Leaving Certificate Examination, 1907
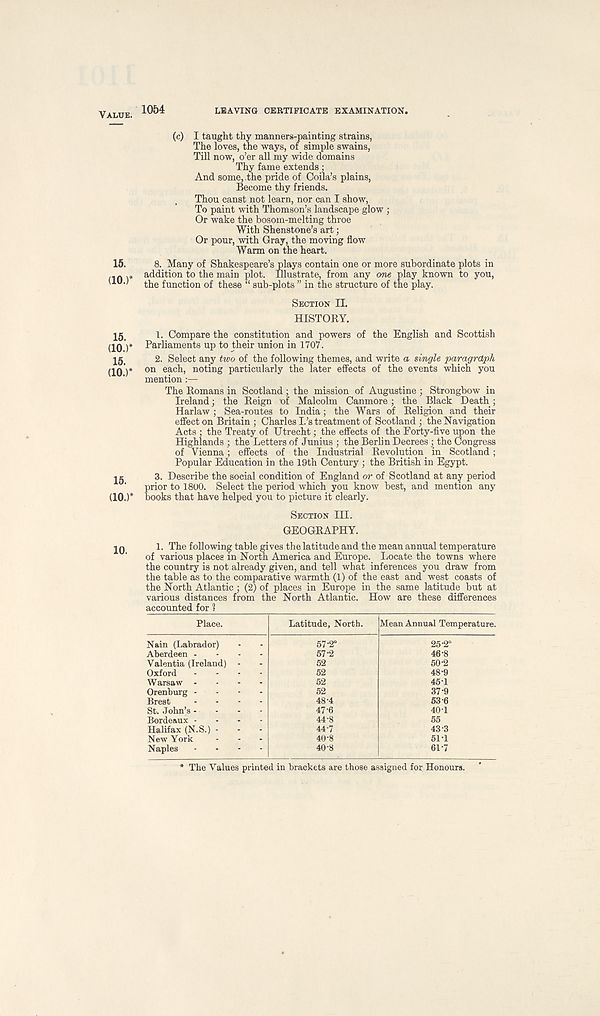
VALUE.
LEAVING CERTIFICATE EXAMINATION.
(c) I taught thy manners-painting strains,
The loves, the ways, of simple swains,
Till now, o’er all my wide domains
Thy fame extends:
And some, the pride of Coila’s plains,
Become thy friends.
Thou canst not learn, nor can I show,
To paint with Thomson’s landscape glow ;
Or wake the bosom-melting throe
With Shenstone’s art;
Or pour, with Gray, the moving flow
Warm on the heart.
15.
8. Many of Shakespeare’s plays contain one or more subordinate plots in
.* addition to the main plot. Illustrate, from any one play known to you,
'
the function of these “ sub-plots ” in the structure of the play.
SECTION II.
HISTORY.
15
1. Compare the constitution and powers of the English and Scottish
(10.)* Parliaments up to their union in 1707.
igi
2. Select any two of the following themes, and write a single paragraph
(10 )* on each, noting particularly the later effects of the events which you
mention:—
The Romans in Scotland ; the mission of Augustine ; Strongbow in
Ireland; the Reign of Malcolm Canmore; the Black Death ;
Harlaw ; Sea-routes to India; the Wars of Religion and their
effect on Britain ; Charles I.’s treatment of Scotland ; the Navigation
Acts : the Treaty of Utrecht; the effects of the Forty-five upon the
Highlands ; the Letters of Junius ; the Berlin Decrees; the Congress
of Vienna; effects of the Industrial Revolution in Scotland ;
Popular Education in the 19th Century ; the British in Egypt.
JK
3. Describe the social condition of England or of Scotland at any period
’
prior to 1800. Select the period which you know best, and mention any
(10.)* books that have helped you to picture it clearly.
SECTION III.
GEOGRAPHY.
1. The following table gives the latitude and the mean annual temperature
of various places in North America and Europe. Locate the towns where
the country is not already given, and tell what inferences you draw from
the table as to the comparative warmth (1) of the east and west coasts of
the North Atlantic; (2) of places in Europe in the same latitude but at
various distances from the North Atlantic. How are these differences
accounted for ?
Place.
Latitude, North.
Mean Annual Temperature.
Nain (Labrador)
Aberdeen -
Valentia (Ireland)
Oxford
Warsaw -
Orenburg -
Brest
St. John’s -
Bordeaux -
Halifax (N.S.) -
New York
Naples
57-2°
57-2
52
52
52
52
48-4
47-6
44-8
44-7
40-8
40-8
25-2°
50-2
45-1
37-9
43-3
51-1
61-7
The Values printed in brackets are those assigned for Honours.